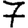
Digit: 7